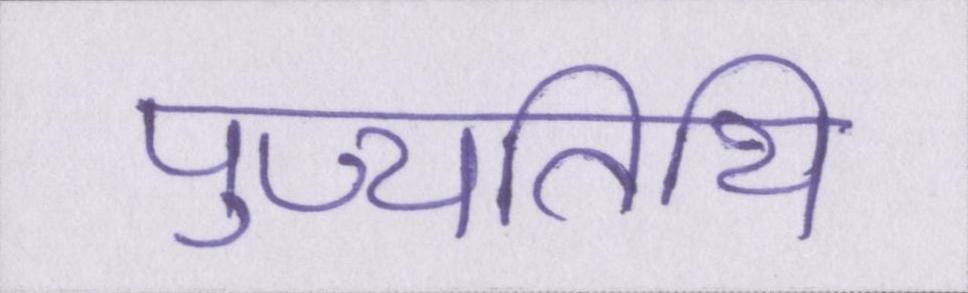
पुण्यतिथि